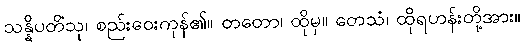
သန္နိပတိံသု၊ စည်းဝေးကုန်၏။ တတော၊ ထိုမှ။ တေသံ၊ ထိုရဟန်းတို့အား။